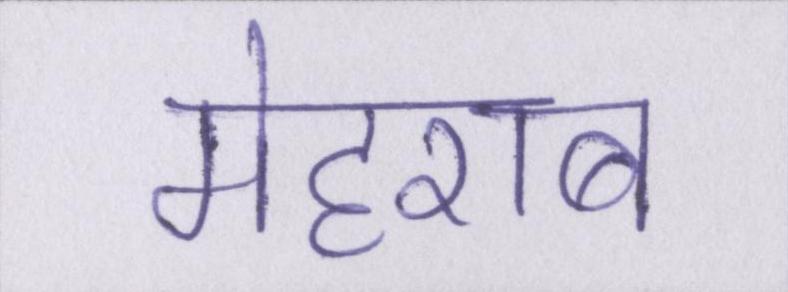
मेहराब